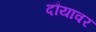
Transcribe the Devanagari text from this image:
दौयावर